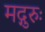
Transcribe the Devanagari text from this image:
मद्गुरुः